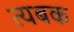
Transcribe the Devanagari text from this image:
त्यबक